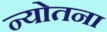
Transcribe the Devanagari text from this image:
न्योतना